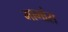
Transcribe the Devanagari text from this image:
मागांस